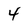
Character: 4